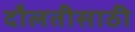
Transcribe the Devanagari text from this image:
दौलतीसाठी